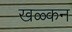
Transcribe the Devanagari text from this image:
खळ्कन